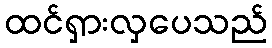
ထင်ရှားလှပေသည်